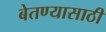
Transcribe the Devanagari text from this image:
बेतण्यासाठी